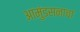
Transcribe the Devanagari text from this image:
आमुंडसनाचा